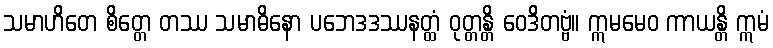
သမာဟိတေ စိတ္တေ တဿ သမာဓိနော ပဘေဒဒဿနတ္ထံ ဝုတ္တန္တိ ဝေဒိတဗ္ဗံ။ ဣမမေဝ ကာယန္တိ ဣမံ